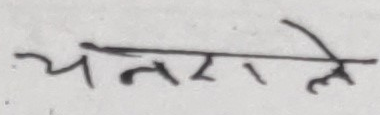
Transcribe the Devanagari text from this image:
चनराले